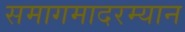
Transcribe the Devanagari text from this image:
समागमादरम्यान